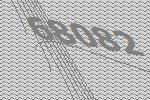
68082